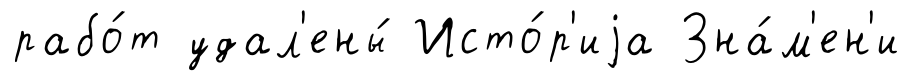
рабо́т удал'ены́ Исто́р'иjа Зна́м'ен'и